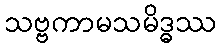
သဗ္ဗကာမသမိဒ္ဓဿ